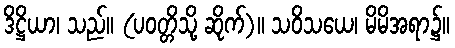
ဒိဋ္ဌိယာ၊ သည်။ (ပဝတ္တိသို့ ဆိုက်)။ သဝိသယေ၊ မိမိအရာ၌။